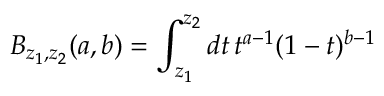
B _ { z _ { 1 } , z _ { 2 } } ( a , b ) = \int _ { z _ { 1 } } ^ { z _ { 2 } } d t \, t ^ { a - 1 } ( 1 - t ) ^ { b - 1 }